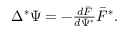
\begin{array} { r } { \Delta ^ { \ast } \Psi = - \frac { d \bar { F } } { d \Psi ^ { * } } \bar { F } ^ { * } . } \end{array}